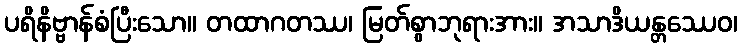
ပရိနိဗ္ဗာန်စံပြီးသော။ တထာဂတဿ၊ မြတ်စွာဘုရားအား။ အသာဒိယန္တဿေဝ၊